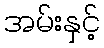
အမ်းနှင့်